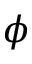
\phi